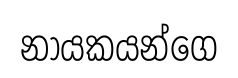
නායකයන්ගෙ